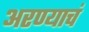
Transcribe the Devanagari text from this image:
अरण्याचं